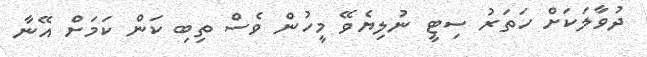
ދުވާލަކަށް ހަތަރު ސިޓީ ނުލިޔެވޭ މީހުން ވެސް ތިބި ކަން ކަމަށް އޭނާ